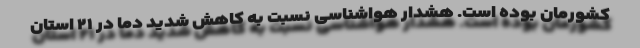
کشورمان بوده است. هشدار هواشناسی نسبت به کاهش شدید دما در ۲۱ استان